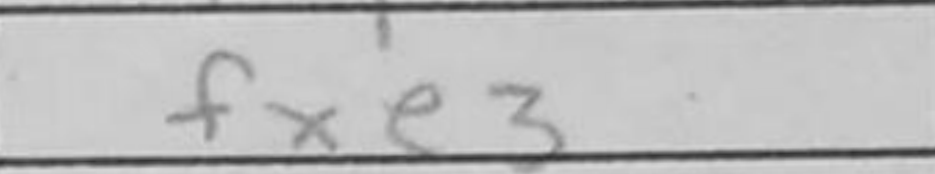
Transcription: fxe3